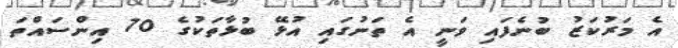
އެ މަރުކަޒު ބުނެފައި ވަނީ އެ ތަނުގައި އުޅޭ ބުޅާތަކުގެ 70 އިންސައްތަ